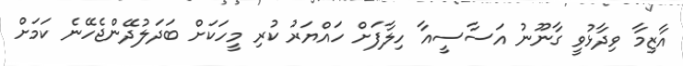
އާޒިމާ ވިދާޅުވީ ގާނޫނު އަސާސީއާ ހިލާފަށް ހައްޔަރު ކުރި މީހަކަށް ބަދަލުދޭންޖެހޭނެ ކަމަށް